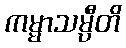
ကမ္မာသမ္ပီတိ